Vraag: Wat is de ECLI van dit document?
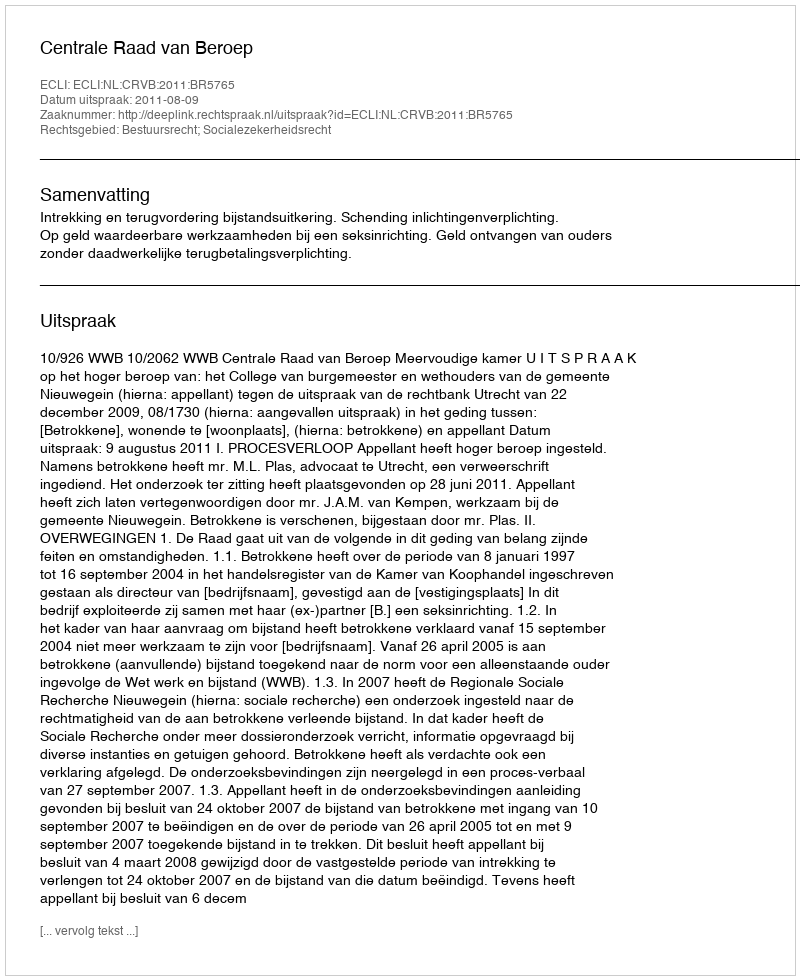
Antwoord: ECLI:NL:CRVB:2011:BR5765